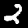
Digit: 2